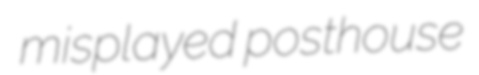
misplayed posthouse